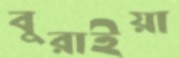
বুরাইয়া